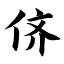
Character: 侪